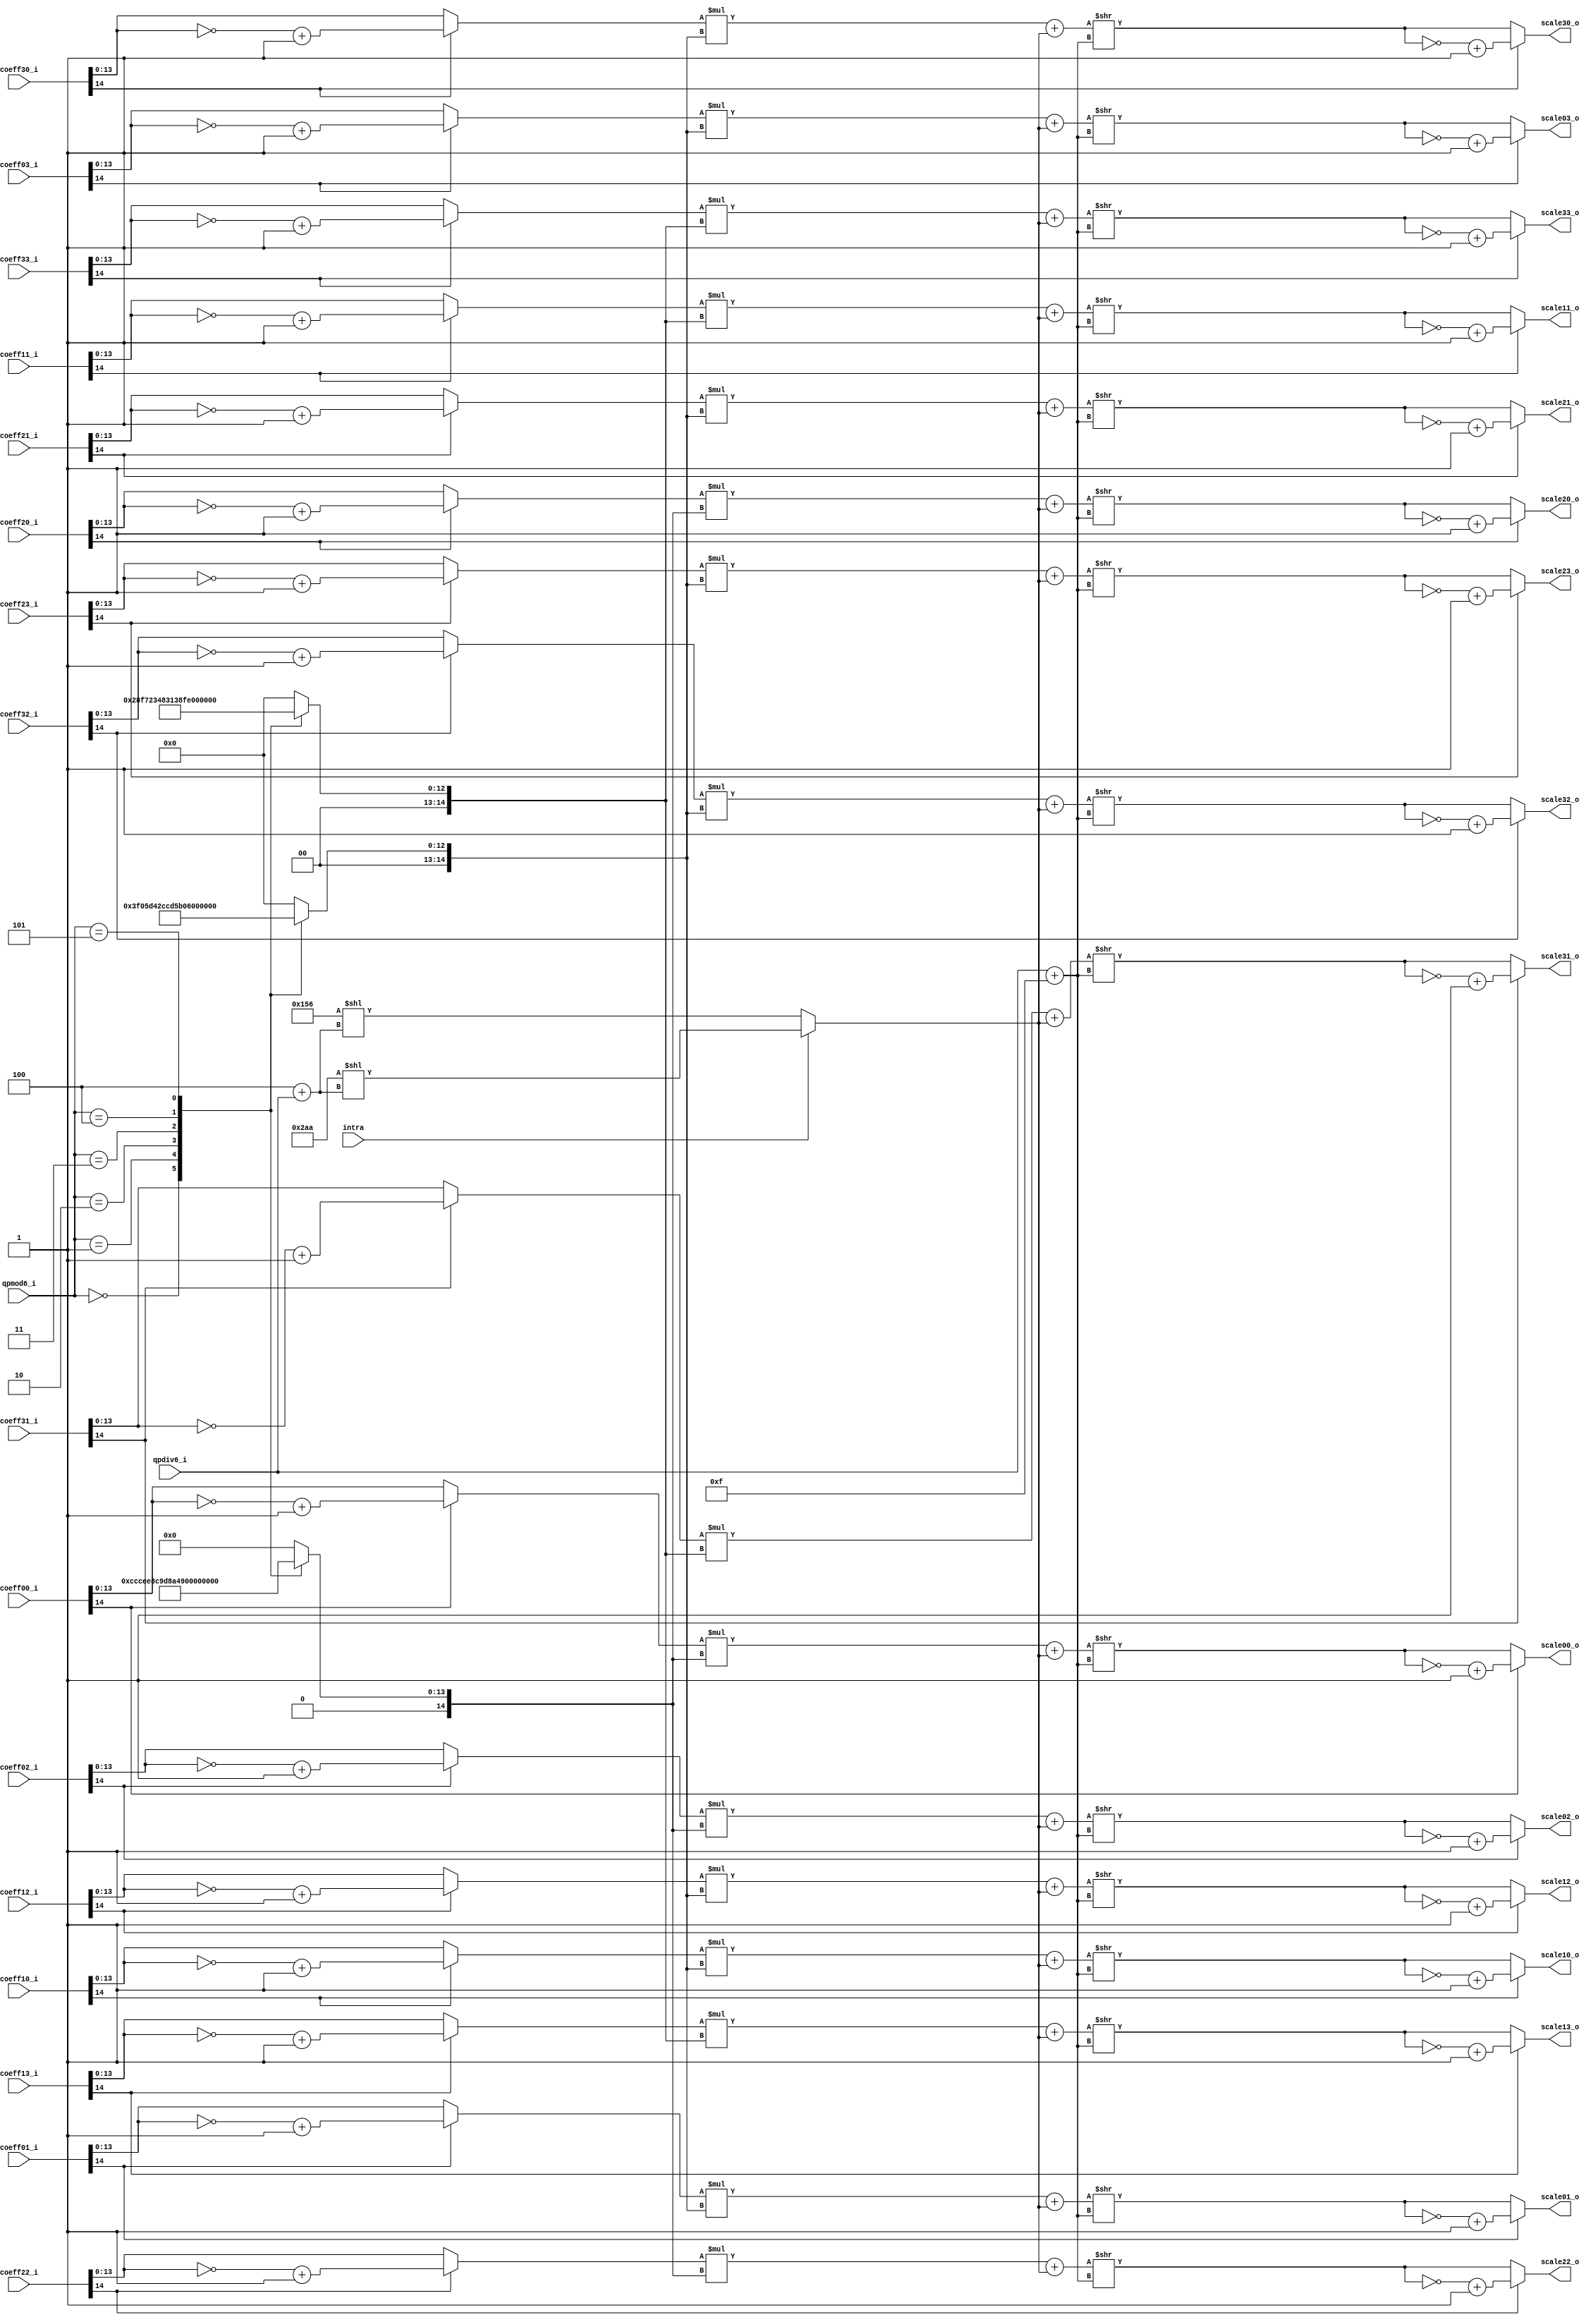
module tq_quant4x4(
				qpmod6_i,
				qpdiv6_i,
				intra,
				
				coeff00_i,
				coeff01_i,
				coeff02_i,
				coeff03_i,
				coeff10_i,
				coeff11_i,
				coeff12_i,
				coeff13_i,
				coeff20_i,
				coeff21_i,
				coeff22_i,
				coeff23_i,
				coeff30_i,
				coeff31_i,
				coeff32_i,
				coeff33_i,
				
				scale00_o,
				scale01_o,
				scale02_o,
				scale03_o,
				scale10_o,
				scale11_o,
				scale12_o,
				scale13_o,
				scale20_o,
				scale21_o,
				scale22_o,
				scale23_o,
				scale30_o,
				scale31_o,
				scale32_o,
				scale33_o
);

parameter IN_WIDTH = 15;
parameter OUT_WIDTH = 15;

input	       [2:0] qpmod6_i; 
input	       [3:0] qpdiv6_i;
input              intra;

input [IN_WIDTH-1:0] coeff00_i;
input [IN_WIDTH-1:0] coeff01_i;
input [IN_WIDTH-1:0] coeff02_i;
input [IN_WIDTH-1:0] coeff03_i;
input [IN_WIDTH-1:0] coeff10_i;
input [IN_WIDTH-1:0] coeff11_i;
input [IN_WIDTH-1:0] coeff12_i;
input [IN_WIDTH-1:0] coeff13_i;
input [IN_WIDTH-1:0] coeff20_i;
input [IN_WIDTH-1:0] coeff21_i;
input [IN_WIDTH-1:0] coeff22_i;
input [IN_WIDTH-1:0] coeff23_i;
input [IN_WIDTH-1:0] coeff30_i;
input [IN_WIDTH-1:0] coeff31_i;
input [IN_WIDTH-1:0] coeff32_i;
input [IN_WIDTH-1:0] coeff33_i;
	    
output  [OUT_WIDTH-1:0] scale00_o;
output  [OUT_WIDTH-1:0] scale01_o;
output  [OUT_WIDTH-1:0] scale02_o;
output  [OUT_WIDTH-1:0] scale03_o;
output  [OUT_WIDTH-1:0] scale10_o;
output  [OUT_WIDTH-1:0] scale11_o;
output  [OUT_WIDTH-1:0] scale12_o;
output  [OUT_WIDTH-1:0] scale13_o;
output  [OUT_WIDTH-1:0] scale20_o;
output  [OUT_WIDTH-1:0] scale21_o;
output  [OUT_WIDTH-1:0] scale22_o;
output  [OUT_WIDTH-1:0] scale23_o;
output  [OUT_WIDTH-1:0] scale30_o;
output  [OUT_WIDTH-1:0] scale31_o;
output  [OUT_WIDTH-1:0] scale32_o;
output  [OUT_WIDTH-1:0] scale33_o;

wire [2:0] qpmod6_i;
wire [3:0] qpdiv6_i;

wire [23:0] bias_w;
wire [ 4:0] rshift_len_w;

reg [14: 0]mf00_w,mf01_w,mf02_w,mf03_w;
reg [14: 0]mf10_w,mf11_w,mf12_w,mf13_w;
reg [14: 0]mf20_w,mf21_w,mf22_w,mf23_w;
reg [14: 0]mf30_w,mf31_w,mf32_w,mf33_w;

wire [IN_WIDTH-2:0] coef_abs00;
wire [IN_WIDTH-2:0] coef_abs01;
wire [IN_WIDTH-2:0] coef_abs02;
wire [IN_WIDTH-2:0] coef_abs03;
wire [IN_WIDTH-2:0] coef_abs10;
wire [IN_WIDTH-2:0] coef_abs11;
wire [IN_WIDTH-2:0] coef_abs12;
wire [IN_WIDTH-2:0] coef_abs13;
wire [IN_WIDTH-2:0] coef_abs20;
wire [IN_WIDTH-2:0] coef_abs21;
wire [IN_WIDTH-2:0] coef_abs22;
wire [IN_WIDTH-2:0] coef_abs23;
wire [IN_WIDTH-2:0] coef_abs30;
wire [IN_WIDTH-2:0] coef_abs31;
wire [IN_WIDTH-2:0] coef_abs32;
wire [IN_WIDTH-2:0] coef_abs33;

wire [IN_WIDTH-1:0] scale_abs00;
wire [IN_WIDTH-1:0] scale_abs01;
wire [IN_WIDTH-1:0] scale_abs02;
wire [IN_WIDTH-1:0] scale_abs03;
wire [IN_WIDTH-1:0] scale_abs10;
wire [IN_WIDTH-1:0] scale_abs11;
wire [IN_WIDTH-1:0] scale_abs12;
wire [IN_WIDTH-1:0] scale_abs13;
wire [IN_WIDTH-1:0] scale_abs20;
wire [IN_WIDTH-1:0] scale_abs21;
wire [IN_WIDTH-1:0] scale_abs22;
wire [IN_WIDTH-1:0] scale_abs23;
wire [IN_WIDTH-1:0] scale_abs30;
wire [IN_WIDTH-1:0] scale_abs31;
wire [IN_WIDTH-1:0] scale_abs32;
wire [IN_WIDTH-1:0] scale_abs33;

wire [32-1:0] scale_abs00_w;
wire [32-1:0] scale_abs01_w;
wire [32-1:0] scale_abs02_w;
wire [32-1:0] scale_abs03_w;
wire [32-1:0] scale_abs10_w;
wire [32-1:0] scale_abs11_w;
wire [32-1:0] scale_abs12_w;
wire [32-1:0] scale_abs13_w;
wire [32-1:0] scale_abs20_w;
wire [32-1:0] scale_abs21_w;
wire [32-1:0] scale_abs22_w;
wire [32-1:0] scale_abs23_w;
wire [32-1:0] scale_abs30_w;
wire [32-1:0] scale_abs31_w;
wire [32-1:0] scale_abs32_w;
wire [32-1:0] scale_abs33_w;

assign coef_abs00 = coeff00_i[IN_WIDTH-1]? (~coeff00_i[IN_WIDTH-2:0] + 1'b1) : coeff00_i[IN_WIDTH-2:0];
assign coef_abs01 = coeff01_i[IN_WIDTH-1]? (~coeff01_i[IN_WIDTH-2:0] + 1'b1) : coeff01_i[IN_WIDTH-2:0];
assign coef_abs02 = coeff02_i[IN_WIDTH-1]? (~coeff02_i[IN_WIDTH-2:0] + 1'b1) : coeff02_i[IN_WIDTH-2:0];
assign coef_abs03 = coeff03_i[IN_WIDTH-1]? (~coeff03_i[IN_WIDTH-2:0] + 1'b1) : coeff03_i[IN_WIDTH-2:0];
assign coef_abs10 = coeff10_i[IN_WIDTH-1]? (~coeff10_i[IN_WIDTH-2:0] + 1'b1) : coeff10_i[IN_WIDTH-2:0];
assign coef_abs11 = coeff11_i[IN_WIDTH-1]? (~coeff11_i[IN_WIDTH-2:0] + 1'b1) : coeff11_i[IN_WIDTH-2:0];
assign coef_abs12 = coeff12_i[IN_WIDTH-1]? (~coeff12_i[IN_WIDTH-2:0] + 1'b1) : coeff12_i[IN_WIDTH-2:0];
assign coef_abs13 = coeff13_i[IN_WIDTH-1]? (~coeff13_i[IN_WIDTH-2:0] + 1'b1) : coeff13_i[IN_WIDTH-2:0];
assign coef_abs20 = coeff20_i[IN_WIDTH-1]? (~coeff20_i[IN_WIDTH-2:0] + 1'b1) : coeff20_i[IN_WIDTH-2:0];
assign coef_abs21 = coeff21_i[IN_WIDTH-1]? (~coeff21_i[IN_WIDTH-2:0] + 1'b1) : coeff21_i[IN_WIDTH-2:0];
assign coef_abs22 = coeff22_i[IN_WIDTH-1]? (~coeff22_i[IN_WIDTH-2:0] + 1'b1) : coeff22_i[IN_WIDTH-2:0];
assign coef_abs23 = coeff23_i[IN_WIDTH-1]? (~coeff23_i[IN_WIDTH-2:0] + 1'b1) : coeff23_i[IN_WIDTH-2:0];
assign coef_abs30 = coeff30_i[IN_WIDTH-1]? (~coeff30_i[IN_WIDTH-2:0] + 1'b1) : coeff30_i[IN_WIDTH-2:0];
assign coef_abs31 = coeff31_i[IN_WIDTH-1]? (~coeff31_i[IN_WIDTH-2:0] + 1'b1) : coeff31_i[IN_WIDTH-2:0];
assign coef_abs32 = coeff32_i[IN_WIDTH-1]? (~coeff32_i[IN_WIDTH-2:0] + 1'b1) : coeff32_i[IN_WIDTH-2:0];
assign coef_abs33 = coeff33_i[IN_WIDTH-1]? (~coeff33_i[IN_WIDTH-2:0] + 1'b1) : coeff33_i[IN_WIDTH-2:0];

assign scale_abs00_w = (coef_abs00 * mf00_w + bias_w) >> rshift_len_w;
assign scale_abs01_w = (coef_abs01 * mf01_w + bias_w) >> rshift_len_w;
assign scale_abs02_w = (coef_abs02 * mf02_w + bias_w) >> rshift_len_w;
assign scale_abs03_w = (coef_abs03 * mf03_w + bias_w) >> rshift_len_w;
assign scale_abs10_w = (coef_abs10 * mf10_w + bias_w) >> rshift_len_w;
assign scale_abs11_w = (coef_abs11 * mf11_w + bias_w) >> rshift_len_w;
assign scale_abs12_w = (coef_abs12 * mf12_w + bias_w) >> rshift_len_w;
assign scale_abs13_w = (coef_abs13 * mf13_w + bias_w) >> rshift_len_w;
assign scale_abs20_w = (coef_abs20 * mf20_w + bias_w) >> rshift_len_w;
assign scale_abs21_w = (coef_abs21 * mf21_w + bias_w) >> rshift_len_w;
assign scale_abs22_w = (coef_abs22 * mf22_w + bias_w) >> rshift_len_w;
assign scale_abs23_w = (coef_abs23 * mf23_w + bias_w) >> rshift_len_w;
assign scale_abs30_w = (coef_abs30 * mf30_w + bias_w) >> rshift_len_w;
assign scale_abs31_w = (coef_abs31 * mf31_w + bias_w) >> rshift_len_w;
assign scale_abs32_w = (coef_abs32 * mf32_w + bias_w) >> rshift_len_w;
assign scale_abs33_w = (coef_abs33 * mf33_w + bias_w) >> rshift_len_w;

assign scale_abs00  = scale_abs00_w[14 : 0];
assign scale_abs01  = scale_abs01_w[14 : 0];
assign scale_abs02  = scale_abs02_w[14 : 0];
assign scale_abs03  = scale_abs03_w[14 : 0];
assign scale_abs10  = scale_abs10_w[14 : 0];
assign scale_abs11  = scale_abs11_w[14 : 0];
assign scale_abs12  = scale_abs12_w[14 : 0];
assign scale_abs13  = scale_abs13_w[14 : 0];
assign scale_abs20  = scale_abs20_w[14 : 0];
assign scale_abs21  = scale_abs21_w[14 : 0];
assign scale_abs22  = scale_abs22_w[14 : 0];
assign scale_abs23  = scale_abs23_w[14 : 0];
assign scale_abs30  = scale_abs30_w[14 : 0];
assign scale_abs31  = scale_abs31_w[14 : 0];
assign scale_abs32  = scale_abs32_w[14 : 0];
assign scale_abs33  = scale_abs33_w[14 : 0];


assign scale00_o = coeff00_i[IN_WIDTH-1]? (~scale_abs00 + 1'b1) : scale_abs00;
assign scale01_o = coeff01_i[IN_WIDTH-1]? (~scale_abs01 + 1'b1) : scale_abs01;
assign scale02_o = coeff02_i[IN_WIDTH-1]? (~scale_abs02 + 1'b1) : scale_abs02;
assign scale03_o = coeff03_i[IN_WIDTH-1]? (~scale_abs03 + 1'b1) : scale_abs03;
assign scale10_o = coeff10_i[IN_WIDTH-1]? (~scale_abs10 + 1'b1) : scale_abs10;
assign scale11_o = coeff11_i[IN_WIDTH-1]? (~scale_abs11 + 1'b1) : scale_abs11;
assign scale12_o = coeff12_i[IN_WIDTH-1]? (~scale_abs12 + 1'b1) : scale_abs12;
assign scale13_o = coeff13_i[IN_WIDTH-1]? (~scale_abs13 + 1'b1) : scale_abs13;
assign scale20_o = coeff20_i[IN_WIDTH-1]? (~scale_abs20 + 1'b1) : scale_abs20;
assign scale21_o = coeff21_i[IN_WIDTH-1]? (~scale_abs21 + 1'b1) : scale_abs21;
assign scale22_o = coeff22_i[IN_WIDTH-1]? (~scale_abs22 + 1'b1) : scale_abs22;
assign scale23_o = coeff23_i[IN_WIDTH-1]? (~scale_abs23 + 1'b1) : scale_abs23;
assign scale30_o = coeff30_i[IN_WIDTH-1]? (~scale_abs30 + 1'b1) : scale_abs30;
assign scale31_o = coeff31_i[IN_WIDTH-1]? (~scale_abs31 + 1'b1) : scale_abs31;
assign scale32_o = coeff32_i[IN_WIDTH-1]? (~scale_abs32 + 1'b1) : scale_abs32;
assign scale33_o = coeff33_i[IN_WIDTH-1]? (~scale_abs33 + 1'b1) : scale_abs33;

//specify shift length
assign rshift_len_w = qpdiv6_i + 4'd15;//qbits = 15 + qp/6
assign bias_w = intra? 24'd682 << (3'd4 + qpdiv6_i) : 24'd342 << (3'd4 + qpdiv6_i);

always @(*) begin
	case (qpmod6_i)
		3'b000:begin
			mf00_w = 15'd13107; mf01_w = 15'd8066; mf02_w = 15'd13107; mf03_w = 15'd8066;
			mf10_w = 15'd8066;  mf11_w = 15'd5243; mf12_w = 15'd8066;  mf13_w = 15'd5243;
			mf20_w = 15'd13107; mf21_w = 15'd8066; mf22_w = 15'd13107; mf23_w = 15'd8066;
			mf30_w = 15'd8066;  mf31_w = 15'd5243; mf32_w = 15'd8066;  mf33_w = 15'd5243;
		end
		3'b001:begin
			mf00_w = 15'd11916; mf01_w = 15'd7490; mf02_w = 15'd11916; mf03_w = 15'd7490;
			mf10_w = 15'd7490;  mf11_w = 15'd4660; mf12_w = 15'd7490;  mf13_w = 15'd4660;
			mf20_w = 15'd11916; mf21_w = 15'd7490; mf22_w = 15'd11916; mf23_w = 15'd7490;
			mf30_w = 15'd7490;  mf31_w = 15'd4660; mf32_w = 15'd7490;  mf33_w = 15'd4660;
		end
		3'b010:begin
			mf00_w = 15'd10082; mf01_w = 15'd6554; mf02_w = 15'd10082; mf03_w = 15'd6554;
			mf10_w = 15'd6554;  mf11_w = 15'd4194; mf12_w = 15'd6554;  mf13_w = 15'd4194;
			mf20_w = 15'd10082; mf21_w = 15'd6554; mf22_w = 15'd10082; mf23_w = 15'd6554;
			mf30_w = 15'd6554;  mf31_w = 15'd4194; mf32_w = 15'd6554;  mf33_w = 15'd4194;
		end
		3'b011:begin
			mf00_w = 15'd9362; mf01_w = 15'd5825; mf02_w = 15'd9362; mf03_w = 15'd5825;
			mf10_w = 15'd5825; mf11_w = 15'd3647; mf12_w = 15'd5825; mf13_w = 15'd3647;
			mf20_w = 15'd9362; mf21_w = 15'd5825; mf22_w = 15'd9362; mf23_w = 15'd5825;
			mf30_w = 15'd5825; mf31_w = 15'd3647; mf32_w = 15'd5825; mf33_w = 15'd3647;
		end
		3'b100:begin
			mf00_w = 15'd8192; mf01_w = 15'd5243; mf02_w = 15'd8192; mf03_w = 15'd5243;
			mf10_w = 15'd5243; mf11_w = 15'd3355; mf12_w = 15'd5243; mf13_w = 15'd3355;
			mf20_w = 15'd8192; mf21_w = 15'd5243; mf22_w = 15'd8192; mf23_w = 15'd5243;
			mf30_w = 15'd5243; mf31_w = 15'd3355; mf32_w = 15'd5243; mf33_w = 15'd3355;
		end
		3'b101:begin
			mf00_w = 15'd7282; mf01_w = 15'd4559; mf02_w = 15'd7282; mf03_w = 15'd4559;
			mf10_w = 15'd4559; mf11_w = 15'd2893; mf12_w = 15'd4559; mf13_w = 15'd2893;
			mf20_w = 15'd7282; mf21_w = 15'd4559; mf22_w = 15'd7282; mf23_w = 15'd4559;
			mf30_w = 15'd4559; mf31_w = 15'd2893; mf32_w = 15'd4559; mf33_w = 15'd2893;
		end
		default:begin
			mf00_w = 15'd0; mf01_w = 15'd0; mf02_w = 15'd0; mf03_w = 15'd0;
			mf10_w = 15'd0; mf11_w = 15'd0; mf12_w = 15'd0; mf13_w = 15'd0;
			mf20_w = 15'd0; mf21_w = 15'd0; mf22_w = 15'd0; mf23_w = 15'd0;
			mf30_w = 15'd0; mf31_w = 15'd0; mf32_w = 15'd0; mf33_w = 15'd0;
		end
	endcase
end

/*
levelscale_lut u_mf_lut(
	.qpmod6_i(qpmod6_i),
	.mf00_o(mf00_w),
	.mf10_o(mf10_w),
	.mf20_o(mf20_w),
	.mf30_o(mf30_w),
	.mf01_o(mf01_w),
	.mf11_o(mf11_w),
	.mf21_o(mf21_w),
	.mf31_o(mf31_w),
	.mf02_o(mf02_w),
	.mf12_o(mf12_w),
	.mf22_o(mf22_w),
	.mf32_o(mf32_w),
	.mf03_o(mf03_w),
	.mf13_o(mf13_w),
	.mf23_o(mf23_w),
	.mf33_o(mf33_w)
);
*/
endmodule